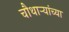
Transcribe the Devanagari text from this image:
चौथाऱ्यांच्या